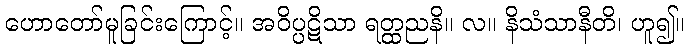
ဟောတော်မူခြင်းကြောင့်။ အဝိပ္ပဋိသာ ရတ္ထညနိ။ လ။ နိသံသာနီတိ၊ ဟူ၍။